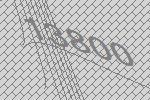
13800